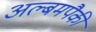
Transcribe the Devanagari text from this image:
अल्बमपैकी